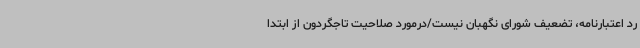
رد اعتبارنامه، تضعیف شورای نگهبان نیست/درمورد صلاحیت تاجگردون از ابتدا